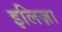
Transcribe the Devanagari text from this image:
इलिज़ा